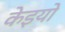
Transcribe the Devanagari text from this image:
केइयो